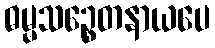
ဓမ္မသဉ္စေတနာယပေ